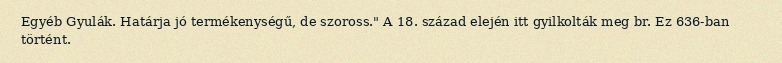
Egyéb Gyulák. Határja jó termékenységű, de szoross." A 18. század elején itt gyilkolták meg br. Ez 636-ban történt.